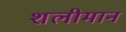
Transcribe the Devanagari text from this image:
शलीमान